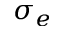
\sigma _ { e }